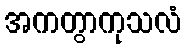
အကတွာကုသလံ